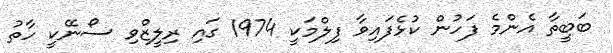
ބަބީތާ އެންމެ ފަހުން ކުޅެފައިވާ ފިލްމަކީ 1974 ގައި ރިލީޒްވި ސޯނޭކީ ހާތު